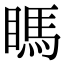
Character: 𥉊